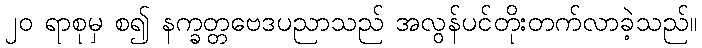
၂၀ ရာစုမှ စ၍ နက္ခတ္တဗေဒပညာသည် အလွန်ပင်တိုးတက်လာခဲ့သည်။